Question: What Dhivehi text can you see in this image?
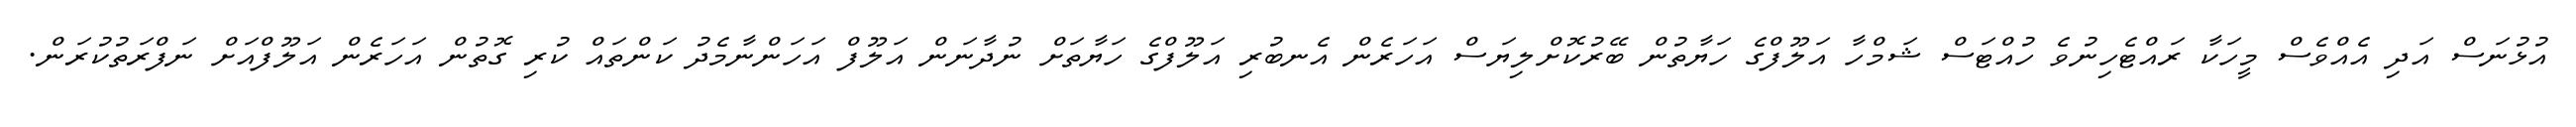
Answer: އުޅުނަސް އަދި އެއްވެސް މީހަކާ ރައްޓެހިނުވެ ހުއްޓަސް ޝަމްހާ އަލޫފްގެ ހަޔާތުން ބޭރުކޮށްލިޔަސް އަހަރެން އެނބުރި އަލޫފްގެ ހަޔާތަށް ނުދާނަން އަލޫފް އަހަންނާމެދު ކަންތައް ކުރި ގޮތުން އަހަރެން އަލޫފްއަށް ނަފްރަތުކުރަން.